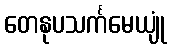
တေနုပသင်္ကမေယျုံ